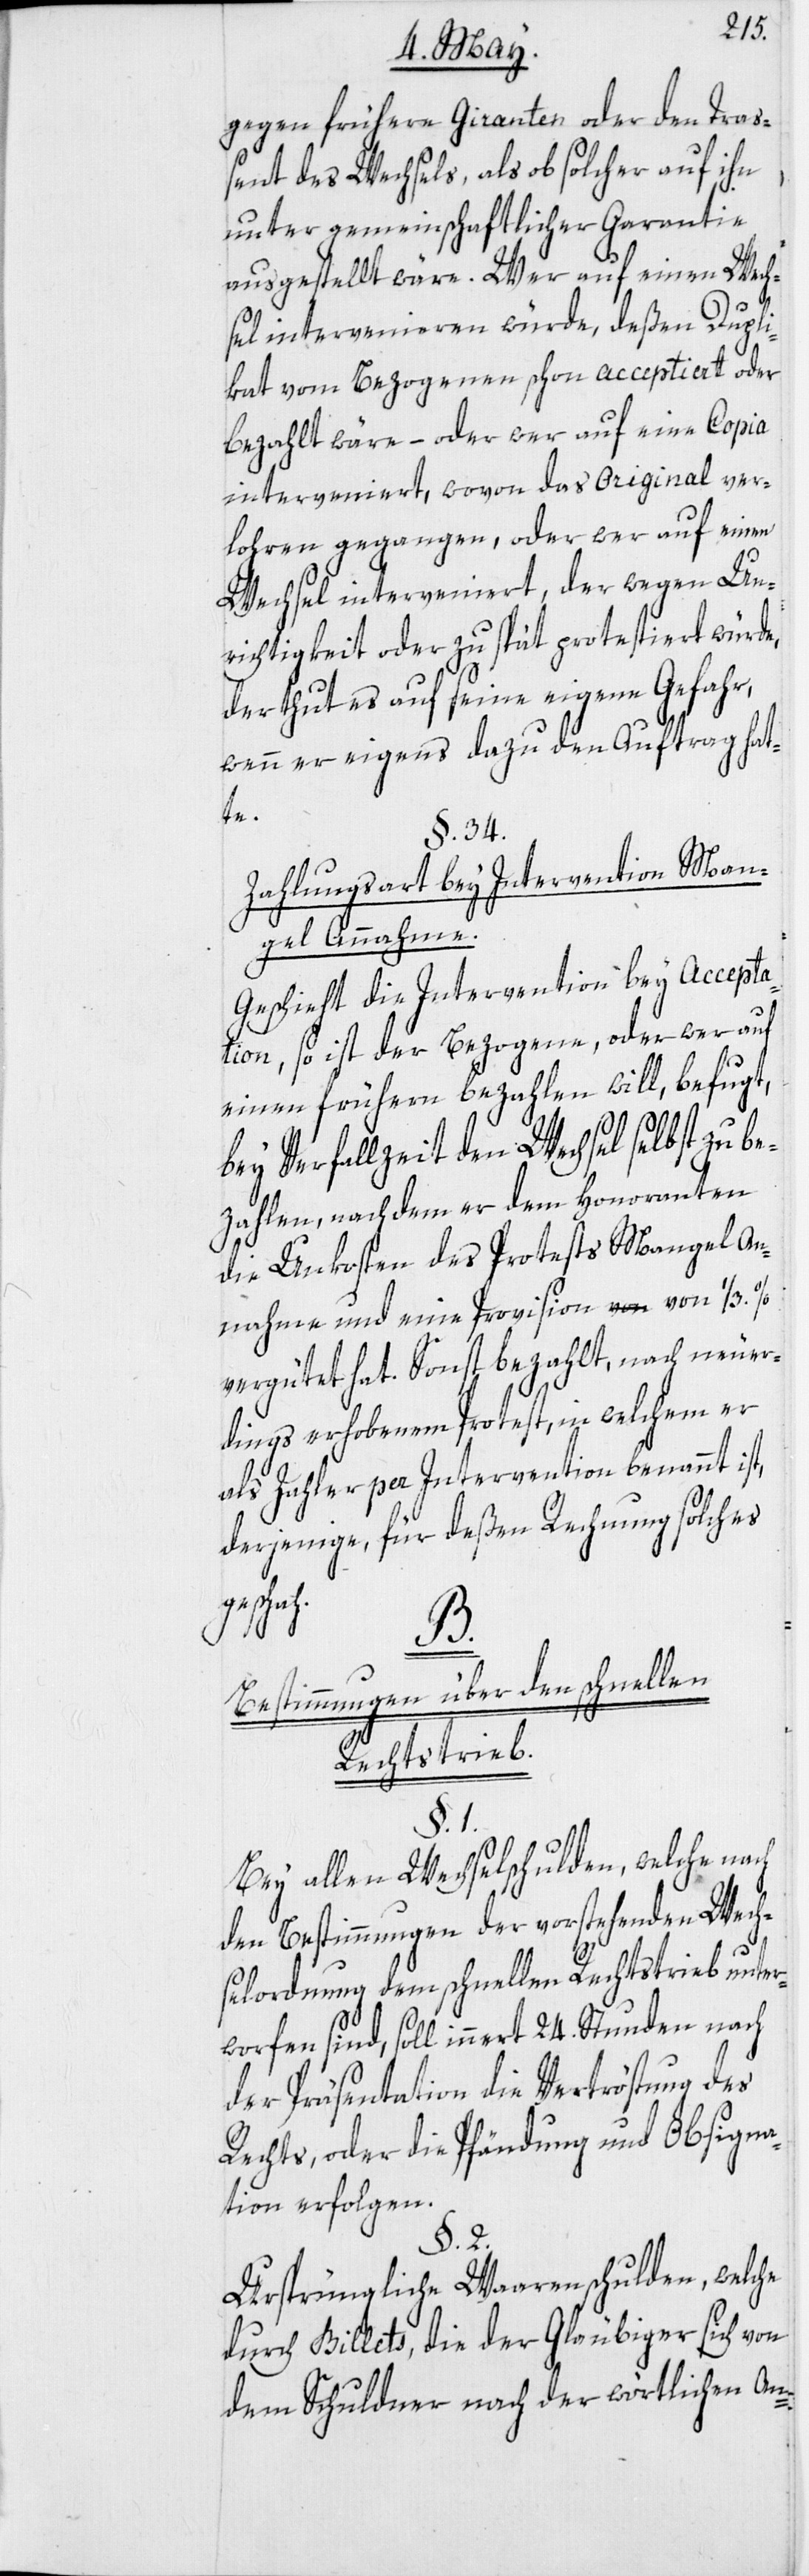
gegen frühere Giranten oder den Tra¬
ßent des Wechsels, als ob solcher auf ihn
unter gemeinschaftlicher Garantie
ausgestellt wäre. Wer auf einen Wech¬
sel intervenieren würde, deßen Dupli¬
kat vom Bezogenen schon acceptiert oder
bezahlt wäre, – oder wer auf eine Copia
interveniert, wovon das Original ver¬
lohren gegangen, oder wer auf einen
Wechsel interveniert, der wegen Un¬
richtigkeit oder zu spät protestiert würde,
der thut es auf seine eigene Gefahr,
wenn er eigens dazu den Auftrag hat¬
te.
§. 34.
Zahlungsart bey Intervention Man¬
gel Annahme.
Geschieht die Intervention bey Accepta¬
tion, so ist der Bezogene, oder wer auf
einen frühern bezahlen will, befugt,
bey Verfallzeit den Wechsel selbst zu be¬
zahlen, nachdem er dem Honoranten
die Unkosten des Protests Mangel An¬
nahme und eine Provision von 1/3.
vergütet hat. Sonst bezahlt, nach neue¬
rdings erhobenem Protest, in welchem er
als Zahler per Intervention benannt ist,
derjenige, für deßen Rechnung solches
geschah.
B.
Bestimmungen über den schnellen
Rechtstrieb.
§. 1.
Bey allen Wechselschulden, welche nach
den Bestimmungen der vorstehenden Wech¬
selordnung dem schnellen Rechtstrieb unter¬
worfen sind, soll innert 24. Stunden nach
der Präsentation die Vertröstung des
Rechts, oder die Pfändung und Obsigna¬
tion erfolgen.
§. 2.
Ursprüngliche Waarenschulden, welche
durch Billets, die der Gläubiger sich von
dem Schuldner nach der wörtlichen An-